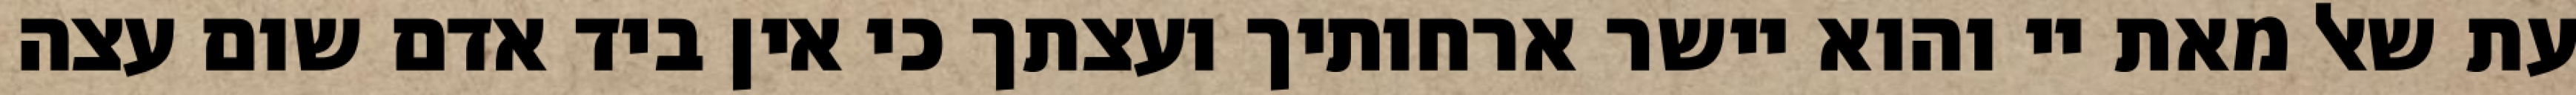
עת שאל מאת יי והוא יישר ארחותיך ועצתך כי אין ביד אדם שום עצה